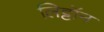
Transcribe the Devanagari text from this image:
लिट्टॉन